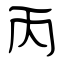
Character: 丙